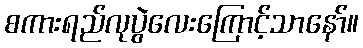
စကားရည်လုပွဲလေးကြောင့်သာနော်။